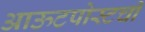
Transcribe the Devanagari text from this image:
आऊटपोस्टची